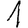
Digit: 1